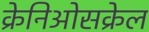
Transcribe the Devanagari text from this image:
क्रेनिओसक्रेल